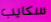
سكايب